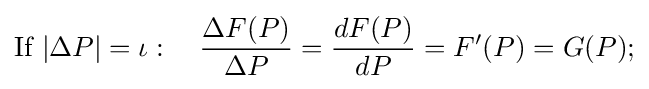
{\text{If }}|\Delta P|={\mathit {\iota }}:\quad {\frac {\Delta F(P)}{\Delta P}}={\frac {dF(P)}{dP}}=F'(P)=G(P);\,\!